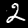
Label: 2